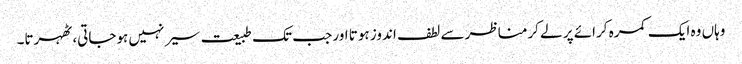
وہاں وہ ایک کمرہ کرائے پر لے کرمناظر سے لطف اندوز ہوتا اور جب تک طبیعت سیر نہیں ہوجاتی، ٹھہرتا۔